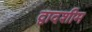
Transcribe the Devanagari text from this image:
द्वादशीम